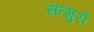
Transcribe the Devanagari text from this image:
सत्गुरों